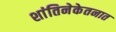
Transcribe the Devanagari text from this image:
शांतिनेकेतनात